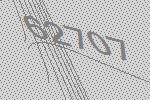
62707